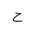
Letter: _ha